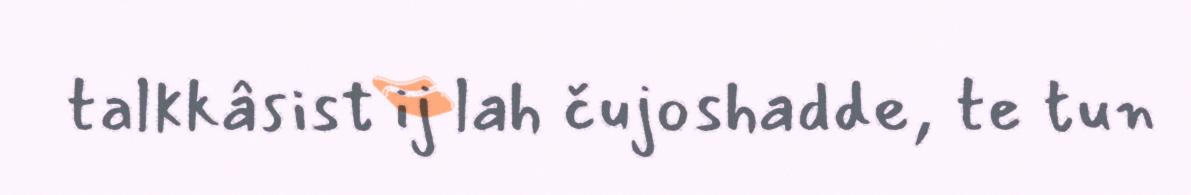
talkkâsist ij lah čujoshadde, te tun